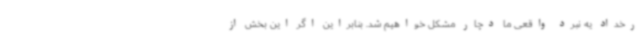
رخداد یه نبرد واقعی ما دچار مشکل خواهیم شد. بنابراین اگر این بخش از